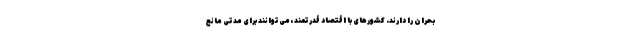
بحران را دارند. کشورهای با اقتصاد قدرتمند، می‌توانند برای مدتی مانع